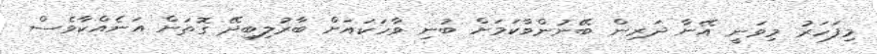
މިފަހަރު މިވަނީ އޭނާ ދަރިން ބޭނުންވާކަމަށް ބުނި ވާހަކައަށް ބާރުލިބިދޭ ގޮތަށް އަނެއްކާވެސް